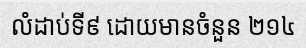
លំដាប់ទី៩ ដោយមានចំនួន ២១៤